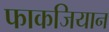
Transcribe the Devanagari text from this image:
फाकजियान